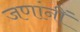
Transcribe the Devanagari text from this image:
जणांनीं